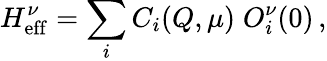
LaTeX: H_{\mathrm{eff}}^{\nu}=\sum_{i}C_{i}(Q,\mu)\; O_{i}^{\nu}(0)\, ,